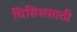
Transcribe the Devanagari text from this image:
थिसिससाठी